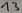
Text: 131